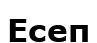
Есеп